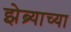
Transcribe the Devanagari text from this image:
झेब्र्याच्या